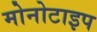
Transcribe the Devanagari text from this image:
मोनोटाइप